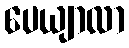
ပေယျာလာ